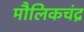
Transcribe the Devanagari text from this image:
मौलिकचंद्र